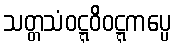
သတ္တသံဝဋ္ဋဝိဝဋ္ဋကပ္ပေ